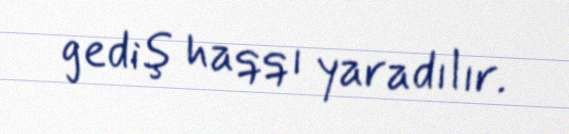
gediş haqqı yaradılır.